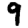
Digit: 9